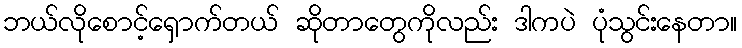
ဘယ်လိုစောင့်ရှောက်တယ် ဆိုတာတွေကိုလည်း ဒါကပဲ ပုံသွင်းနေတာ။